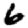
Digit: 6